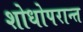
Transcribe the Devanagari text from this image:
शोधोपरान्त